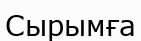
Сырымға